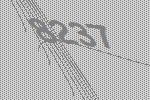
8237